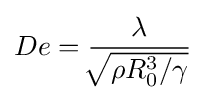
De={\frac {\lambda }{\sqrt[{}]{\rho R_{0}^{3}/\gamma }}}